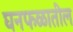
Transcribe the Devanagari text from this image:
घनफळातील